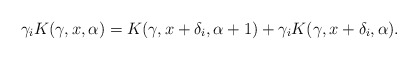
\begin{align*}\gamma_i K(\gamma, x, \alpha) = K(\gamma, x + \delta_i, \alpha+1) + \gamma_i K (\gamma, x + \delta_i, \alpha).\end{align*}